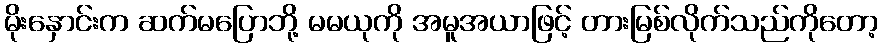
မိုးနှောင်းက ဆက်မပြောဘို့ မမယုကို အမူအယာဖြင့် တားမြစ်လိုက်သည်ကိုတော့